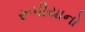
રૂપીયાનો